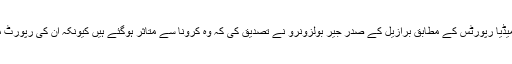
بین الاقوامی میڈیا رپورٹس کے مطابق برازیل کے صدر جیر بولزونرو نے تصدیق کی کہ وہ کرونا سے متاثر ہوگئے ہیں کیونکہ اُن کی رپورٹ مثبت آئی ہے۔